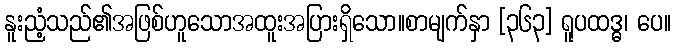
နူးညံ့သည်၏အဖြစ်ဟူသောအထူးအပြားရှိသော။စာမျက်နှာ [၃၆၃] ရူပထဒ္ဓ၊ ပေ။